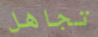
تجاهل